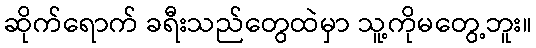
ဆိုက်ရောက် ခရီးသည်တွေထဲမှာ သူ့ကိုမတွေ့ဘူး။